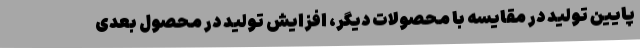
پایین تولید در مقایسه با محصولات دیگر، افزایش تولید در محصول بعدی